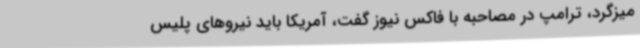
میزگرد، ترامپ در مصاحبه با فاکس نیوز گفت، آمریکا باید نیروهای پلیس